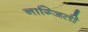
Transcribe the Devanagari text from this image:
नाग्जिती